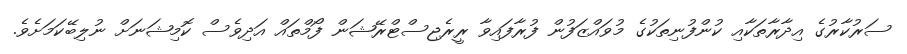
ސަރުކާރުގެ އިދާރާތަކާއި ކުންފުނިތަކުގެ މުވައްޒަފުން ފުރާފައިވާ ރީރެޖިސްޓްރޭޝަން ފޯމްތައް އަދިވެސް ކޮމިޝަނަށް ނުލިބޭކަމަށެވެ.